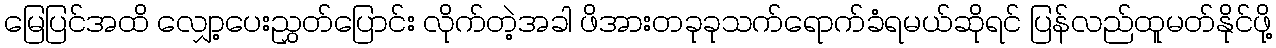
မြေပြင်အထိ လျှော့ပေးညွှတ်ပြောင်း လိုက်တဲ့အခါ ဖိအားတခုခုသက်ရောက်ခံရမယ်ဆိုရင် ပြန်လည်ထူမတ်နိုင်ဖို့